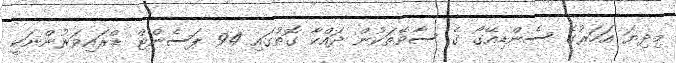
މިދިޔަ އަހަރުގެ ސެންޑިއޭގޯ ގެ ސާވޭތަކުން ދައްކާ ގޮތުގައި 94 ޕަސެންޓް ޑްރައިވަރުންނަކީ